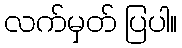
လက်မှတ် ပြပါ။